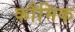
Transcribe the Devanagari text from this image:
कौमिक